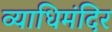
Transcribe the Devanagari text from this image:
व्याधिमंदिर